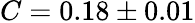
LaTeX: C=0.18\pm 0.01